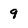
Character: 9